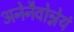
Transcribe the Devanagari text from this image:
अनेनैवोन्नेयं